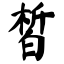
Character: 皙